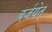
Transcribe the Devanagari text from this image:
वर्जयेत्